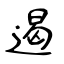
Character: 遏